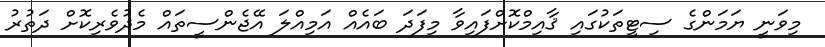
މިވަނީ ޔަމަންގެ ސިޓީތަކުގައި ޤާއިމްކޮށްފައިވާ މިފަދަ ބައެއް އަމިއްލަ އޭޖެންސީތައް މެދުވެރިކޮށް ދަތުރު